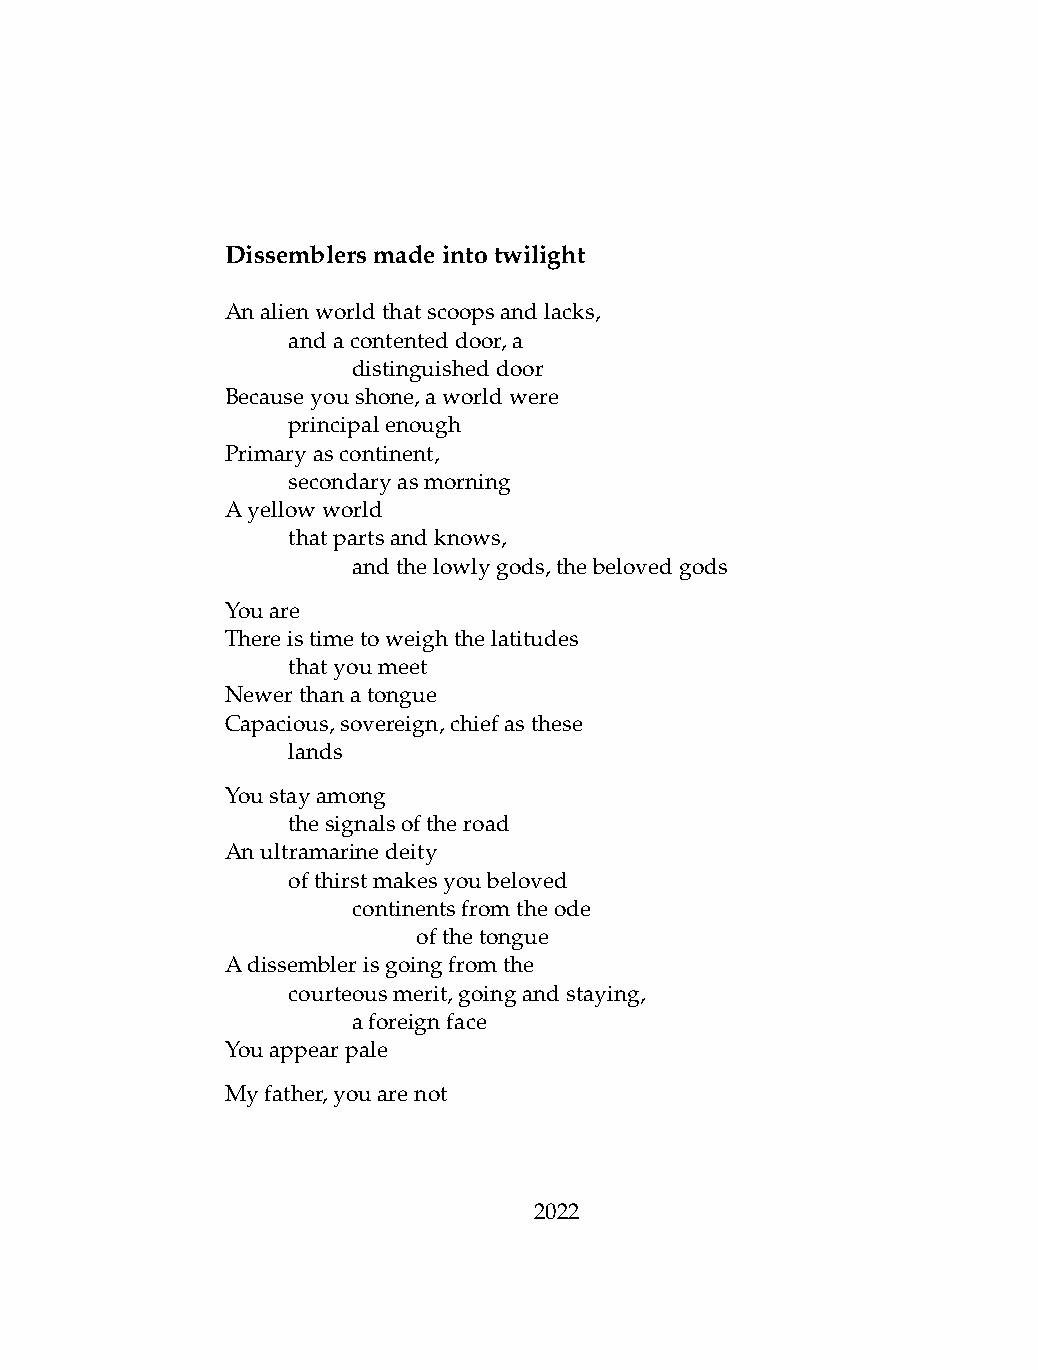
Dissemblersmadeintotwilight
 Analienworldthatscoopsandlacks,
 .   andacontenteddoor,a
 .   .   distinguisheddoor
 Becauseyoushone,aworldwere
 .   principalenough
 Primaryascontinent,
 .   secondaryasmorning
 Ayellowworld
 .   thatpartsandknows,
 .   .   andthelowlygods,thebelovedgods
 Youare
 Thereistimetoweighthelatitudes
 .   thatyoumeet
 Newerthanatongue
 Capacious,sovereign,chiefasthese
 .   lands
 Youstayamong
 .   thesignalsoftheroad
 Anultramarinedeity
 .   ofthirstmakesyoubeloved
 .   .   continentsfromtheode
 .   .   .    ofthetongue
 Adissemblerisgoingfromthe
 .   courteousmerit,goingandstaying,
 .   .   aforeignface
 Youappearpale
 Myfather,youarenot
 2022